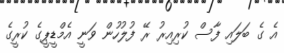
އެ ގެ ބަލައި ފާސް ކުރިއިރު ރޭ ފުލުހުން ވަނީ އެމްޑީޕީގެ ކުރީގެ